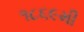
૧૮૬૯મી